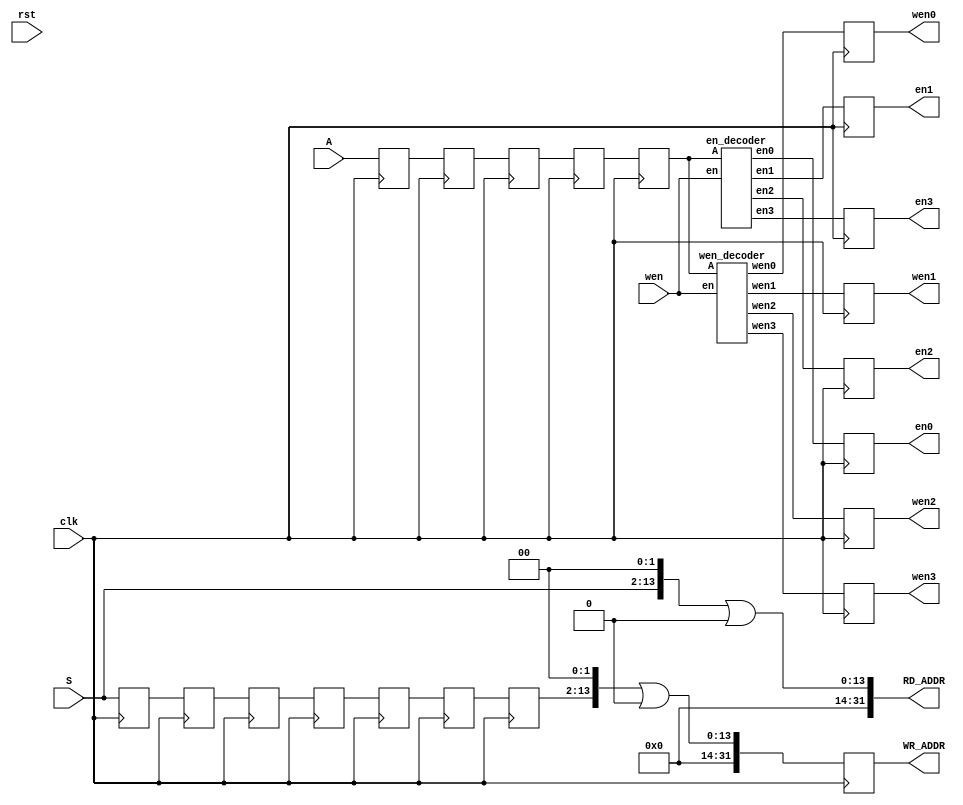
`timescale 1ns / 1ps
//////////////////////////////////////////////////////////////////////////////////
// Interfacing Input Data for Memory
//////////////////////////////////////////////////////////////////////////////////

module MII(
    input wire clk, rst, 
//    input wire READ_EN, WRITE_EN,
    // For state-address converter
    input wire [11:0] S,
    input wire wen, 
    output wire [31:0] RD_ADDR,
    output reg [31:0] WR_ADDR,
    // Write enable handling 
    input wire [1:0] A,
    output reg [3:0] wen0, wen1, wen2, wen3,
    output reg en0, en1, en2, en3
    );
    
    // State-Address Converter
    reg [11:0] S_reg0, S_reg1, S_reg2, S_reg3, S_reg4, S_reg5, S_reg6, S_reg7;
    always @(posedge clk) begin
        S_reg0 <= S;
        S_reg1 <= S_reg0;
        S_reg2 <= S_reg1;
        S_reg3 <= S_reg2;
        S_reg4 <= S_reg3;
        S_reg5 <= S_reg4;
        S_reg6 <= S_reg5;
        S_reg7 <= S_reg6;
    end
    wire [31:0] WR_ADDR_temp;
    assign RD_ADDR = (S<<2)|32'h0000_0000;
    assign WR_ADDR_temp = (S_reg6<<2)|32'h0000_0000;
    
    // Action register
    reg [1:0] A_reg0, A_reg1, A_reg2, A_reg3, A_reg4, A_reg5;
    always @(posedge clk) begin 
        A_reg0 <= A;
        A_reg1 <= A_reg0;
        A_reg2 <= A_reg1;
        A_reg3 <= A_reg2;
        A_reg4 <= A_reg3;
        A_reg5 <= A_reg4;
    end
    
    // RAM Write Enable handling
    wire [3:0] wen0_temp, wen1_temp, wen2_temp, wen3_temp;
    wire en0_temp, en1_temp, en2_temp, en3_temp;
    always @(posedge clk) begin
        en0 <= en0_temp;
        en1 <= en1_temp;
        en2 <= en2_temp;
        en3 <= en3_temp;
        wen0 <= wen0_temp;
        wen1 <= wen1_temp;
        wen2 <= wen2_temp;
        wen3 <= wen3_temp;     
        WR_ADDR <= WR_ADDR_temp;   
    end
    wen_decoder decod0(.A(A_reg4), .en(wen), .wen0(wen0_temp), .wen1(wen1_temp), .wen2(wen2_temp), .wen3(wen3_temp));
    en_decoder  decod1(.A(A_reg4), .en(wen), .en0(en0_temp), .en1(en1_temp), .en2(en2_temp), .en3(en3_temp));
    
endmodule

module wen_decoder(
    input wire en,
    input wire  [1:0] A,
    output wire [3:0] wen0, wen1, wen2, wen3
    );
    assign wen0 = ((A==0)&(en))? 4'b1111 : 4'b0000;
    assign wen1 = ((A==1)&(en))? 4'b1111 : 4'b0000;
    assign wen2 = ((A==2)&(en))? 4'b1111 : 4'b0000;
    assign wen3 = ((A==3)&(en))? 4'b1111 : 4'b0000;
endmodule

module en_decoder(
    input wire en,
    input wire  [1:0] A,
    output wire en0, en1, en2, en3
    );
    assign en0 = (A==0)&(en);
    assign en1 = (A==1)&(en);
    assign en2 = (A==2)&(en);
    assign en3 = (A==3)&(en);
endmodule